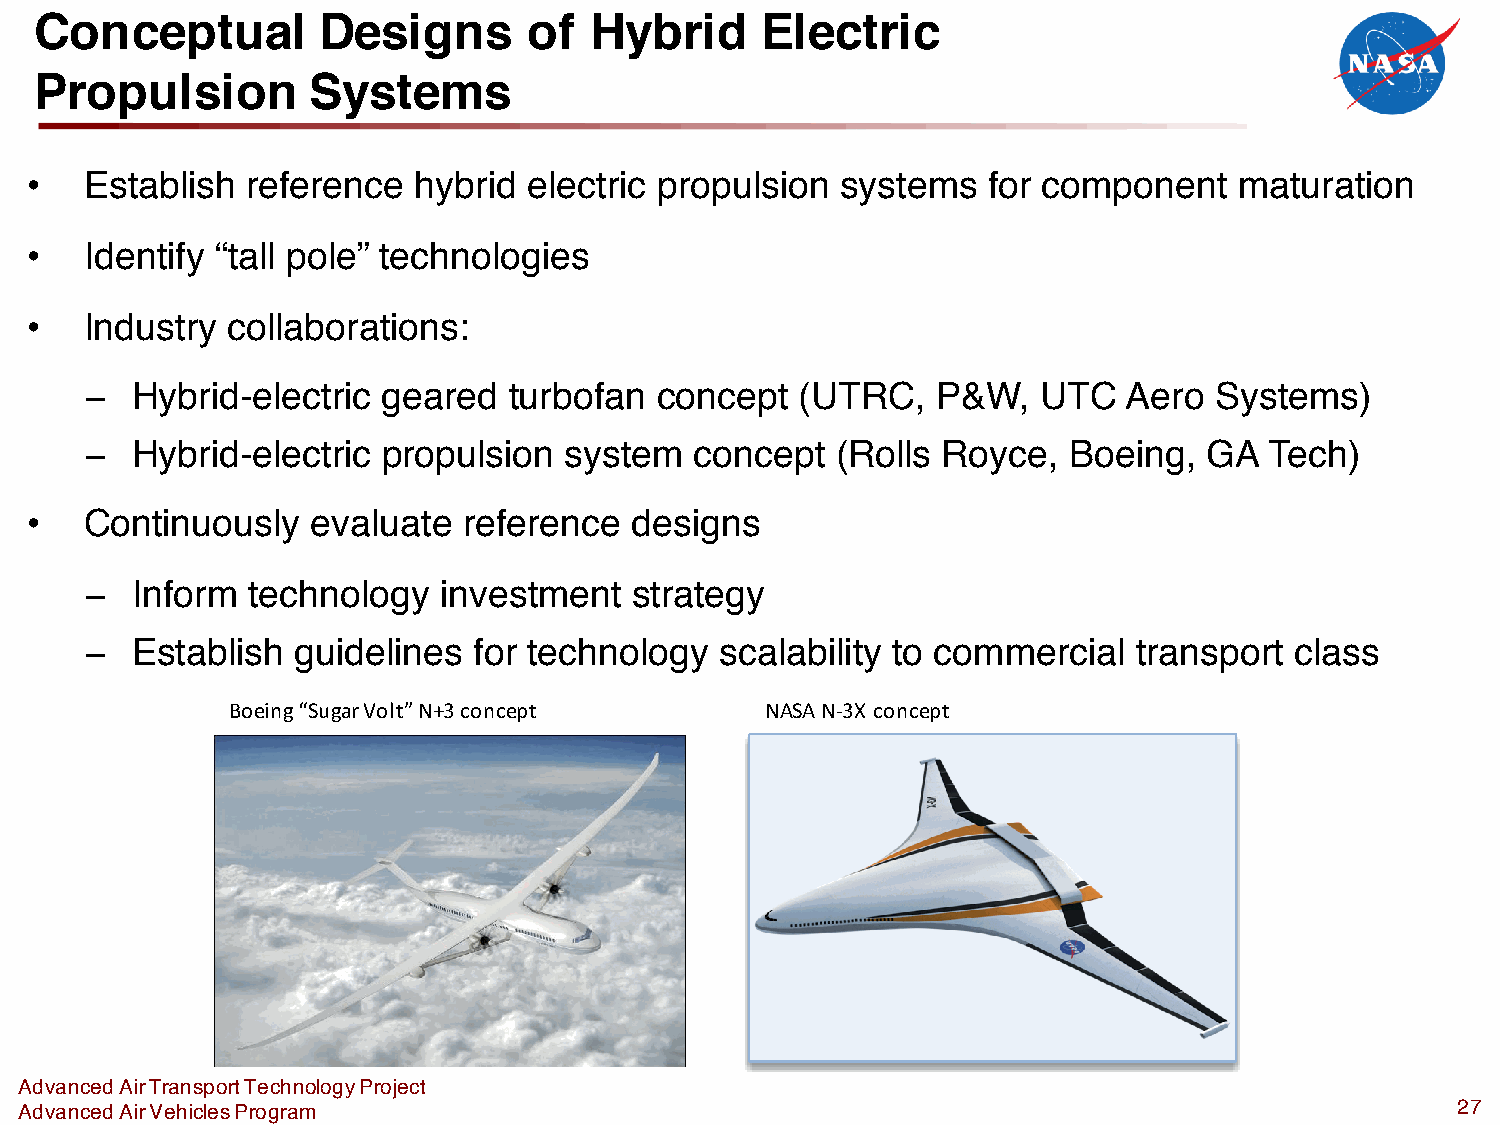
Conceptual         Designs       of  Hybrid     Electric
 Propulsion        Systems
 •   Establish reference  hybrid  electric propulsion  systems  for component    maturation
 •   Identify “tall pole” technologies
 •   Industry collaborations:
 −  Hybrid-electric geared   turbofan concept   (UTRC,   P&W,   UTC   Aero Systems)
 −  Hybrid-electric propulsion  system   concept  (Rolls Royce,   Boeing,  GA  Tech)
 •   Continuously   evaluate  reference  designs
 −  Inform technology   investment   strategy
 −  Establish guidelines  for technology   scalability to commercial  transport  class
 Boeing “Sugar Volt” N+3 concept     NASA N-3X concept
 Advanced Air Transport Technology Project
 Advanced Air Vehicles Program                                                                  27